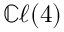
\mathbb { C } \ell ( 4 )